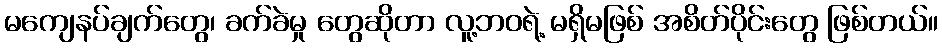
မကျေနပ်ချက်တွေ၊ ခက်ခဲမှု တွေဆိုတာ လူ့ဘဝရဲ့ မရှိမဖြစ် အစိတ်ပိုင်းတွေ ဖြစ်တယ်။